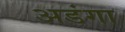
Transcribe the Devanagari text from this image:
अडंगा